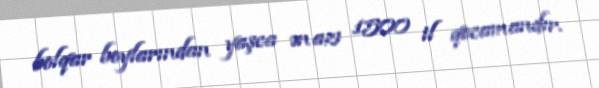
bolqar boylarından yaşca ən azı 1500 il qocamandır.